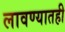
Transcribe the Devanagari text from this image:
लावण्यातही